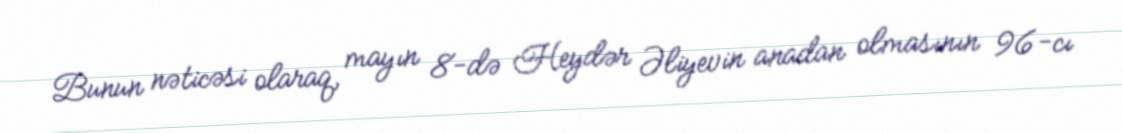
Bunun nəticəsi olaraq, mayın 8-də Heydər Əliyevin anadan olmasının 96-cı